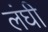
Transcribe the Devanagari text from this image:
लंघी